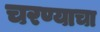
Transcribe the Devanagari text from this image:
चरण्याचा